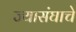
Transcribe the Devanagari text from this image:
ज्यासंघाचे